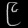
Digit: ၉